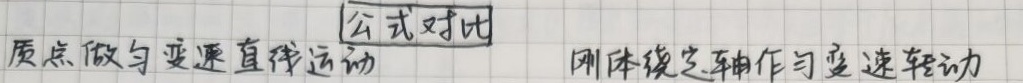
| | 质点做匀变速直线运动 | 刚体绕定轴作匀变速转动 |
| --- | --- | --- |
| 公式对比 |  |  |